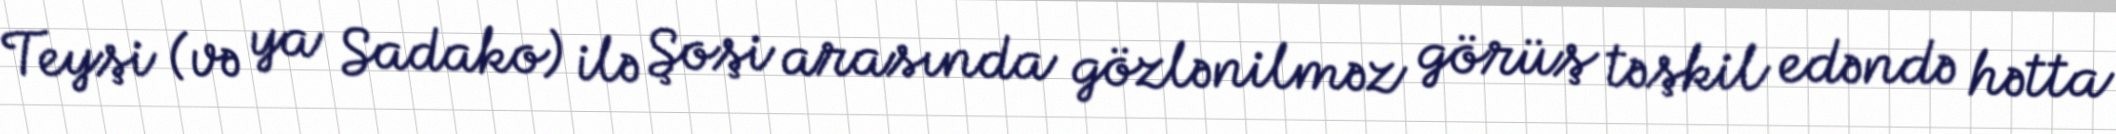
Teyşi (və ya Sadako) ilə Şoşi arasında gözlənilməz görüş təşkil edəndə hətta